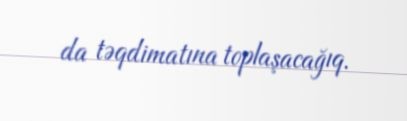
da təqdimatına toplaşacağıq.